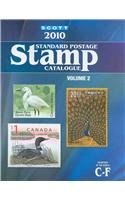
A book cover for Scott 2010 Standard Postage Stamp Catalogue, Vol. 2: Countries of the World- C-F; James E. Kloetzel; Crafts, Hobbies & Home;